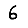
Digit: 6